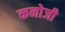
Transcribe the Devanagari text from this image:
कनोजी